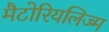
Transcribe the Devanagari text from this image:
मैटोरियलिज्म